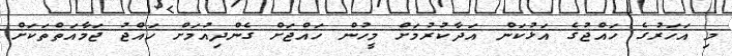
މި އަހަރުގެ ހައްޖުގެ އަޅުކަން އަދާކުރުމަށް މީހުން ހައްޖަށް ގެންދިއުމަށް ހައްޖު ޖަމާއަތްތަކަށް